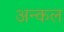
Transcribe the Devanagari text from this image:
अन्कल